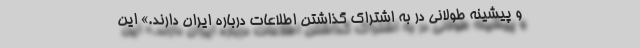
و پیشینه طولانی در به اشتراک گذاشتن اطلاعات درباره ایران دارند.» این